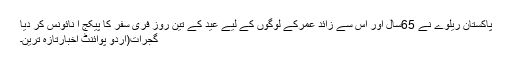
پاکستان ریلوے نے 65سال اور اس سے زائد عمرکے لوگوں کے لیے عید کے تین روز فری سفر کا پیکج ا نائونس کر دیا
گجرات(اُردو پوائنٹ اخبارتازہ ترین۔